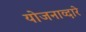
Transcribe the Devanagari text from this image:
योजनाव्दारे